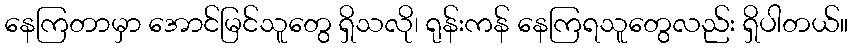
နေကြတာမှာ အောင်မြင်သူတွေ ရှိသလို၊ ရုန်းကန် နေကြရသူတွေလည်း ရှိပါတယ်။